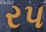
રપ